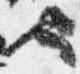
也